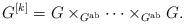
LaTeX: \begin{align*} G^{[k]} = G \times_{G^{\rm ab}} \cdots \times_{G^{\rm ab}} G. \end{align*}